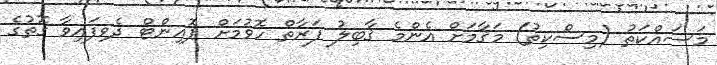
މަސައްކަތު (މިސްކިތު) މަޤާމަށް އެންމެ ޤާބިލު ފަރާތް ހޮވުމަށް ޕޮއިންޓް ދެވިފައިވާ ގޮތުގެ